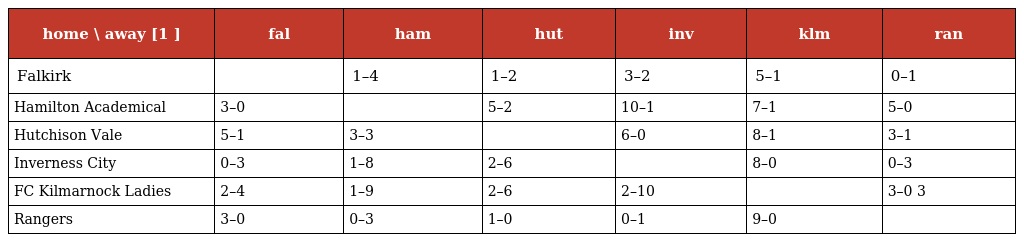
| home \ away [1 ] | fal | ham | hut | inv | klm | ran |
 | --- | --- | --- | --- | --- | --- | --- |
 | Falkirk |  | 1–4 | 1–2 | 3–2 | 5–1 | 0–1 |
 | Hamilton Academical | 3–0 |  | 5–2 | 10–1 | 7–1 | 5–0 |
 | Hutchison Vale | 5–1 | 3–3 |  | 6–0 | 8–1 | 3–1 |
 | Inverness City | 0–3 | 1–8 | 2–6 |  | 8–0 | 0–3 |
 | FC Kilmarnock Ladies | 2–4 | 1–9 | 2–6 | 2–10 |  | 3–0 3 |
 | Rangers | 3–0 | 0–3 | 1–0 | 0–1 | 9–0 |  |